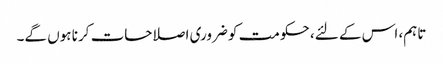
تاہم، اس کے لئے، حکومت کو ضروری اصلاحات کرنا ہوں گے۔